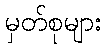
မှတ်စုများ